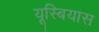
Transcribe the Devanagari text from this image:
यूस्बियास